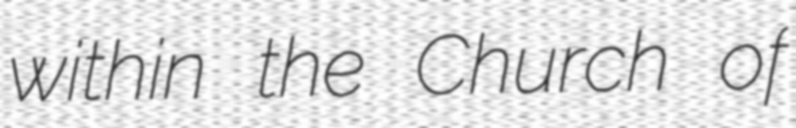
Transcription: within the Church of